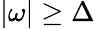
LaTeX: |\omega|\ge\Delta